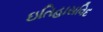
ઇતિહાસવિદ